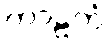
ကာဠကံ